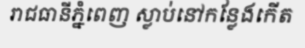
រាជធានីភ្នំពេញ ស្លាប់នៅកន្លែងកើត